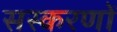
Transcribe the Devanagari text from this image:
सस्करणों